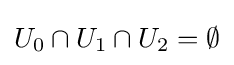
U_{0}\cap U_{1}\cap U_{2}=\emptyset